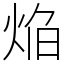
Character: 焔